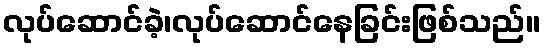
လုပ်ဆောင်ခဲ့၊လုပ်ဆောင်နေခြင်းဖြစ်သည်။